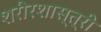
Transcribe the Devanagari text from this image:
शरीरशास्त्री